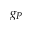
g _ { P }